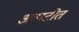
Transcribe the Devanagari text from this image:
आपटीत